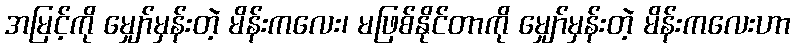
အမြင့်ကို မျှော်မှန်းတဲ့ မိန်းကလေး၊ မဖြစ်နိုင်တာကို မျှော်မှန်းတဲ့ မိန်းကလေးဟာ